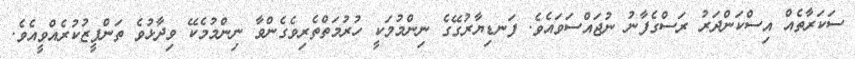
ސަކަރާތެއް އިސްކަންދަރު ރަސްގެފާނު ނުޖައްސަވައެވެ. ފަނޑިޔާރުގޭގެ ނިންމުމަކީ ހުރުމަތްތެރިވެގެންވާ ނިންމުމެކޭ ވިދާޅުވެ ތަންފީޒުކުރެއްވީއެވެ.